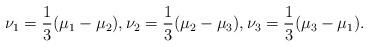
LaTeX: \begin{align*} \nu_1 = \frac{1}{3}(\mu_1 - \mu_2), \nu_2 = \frac{1}{3}(\mu_2 - \mu_3), \nu_3 = \frac{1}{3}(\mu_3 - \mu_1). \end{align*}